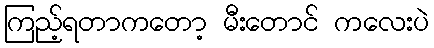
ကြည့်ရတာကတော့ မီးတောင် ကလေးပဲ